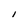
Character: I